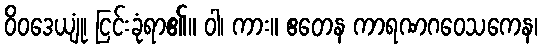
ဝိဝဒေယျုံ၊ ငြင်းခုံရာ၏။ ဝါ၊ ကား။ ဧတေန ကာရဏဂဝေသကေန၊